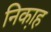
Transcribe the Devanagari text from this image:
निका़ह